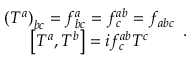
\begin{array} { c } { { \left( T ^ { a } \right) _ { b c } = f _ { b c } ^ { a } = f _ { c } ^ { a b } = f _ { a b c } } } \\ { { \left[ T ^ { a } , T ^ { b } \right] = i f _ { c } ^ { a b } T ^ { c } } } \end{array} { } .